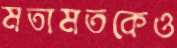
মতামতকেও